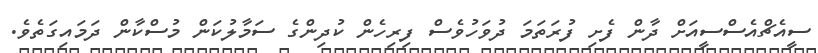
ސީއެޗްއެސްސީއަށް ދާން ފެށި ފުރަތަމަ ދުވަހުވެސް ފިރިހެން ކުދިންގެ ސަމާލުކަން މުސްކާން ދަމައިގަތެވެ.